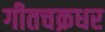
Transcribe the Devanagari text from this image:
गीतचक्रधर